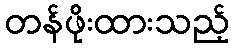
တန်ဖိုးထားသည့်